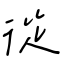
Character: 從